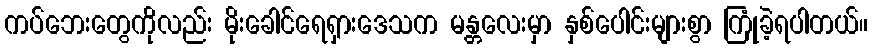
ကပ်ဘေးတွေကိုလည်း မိုးခေါင်ရေရှားဒေသက မန္တလေးမှာ နှစ်ပေါင်းများစွာ ကြုံခဲ့ရပါတယ်။